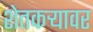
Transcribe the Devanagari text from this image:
शेतकऱ्यावर